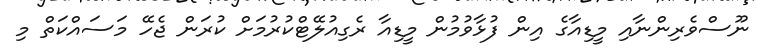
ނޫސްވެރިންނާއި މީޑިއާގެ އިން ފުޅާވުމުން މީޑިއާ ރެގިއުލޭޓްކުރުމަށް ކުރަން ޖެހޭ މަސައްކަތް މި